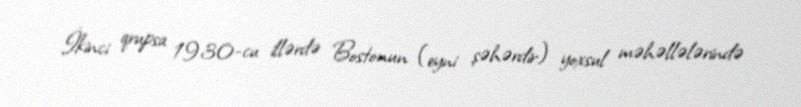
İkinci qrupsa 1930-cu illərdə Bostonun (eyni şəhərdir) yoxsul məhəllələrində